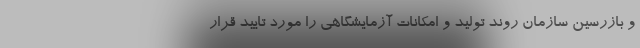
و بازرسین سازمان روند تولید و امکانات آزمایشگاهی را مورد تایید قرار